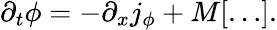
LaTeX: \partial_{t}\phi=-\partial_{x}j_{\phi}+M[\ldots].